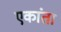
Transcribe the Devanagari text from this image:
एकांता